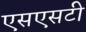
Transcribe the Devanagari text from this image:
एसएसटी